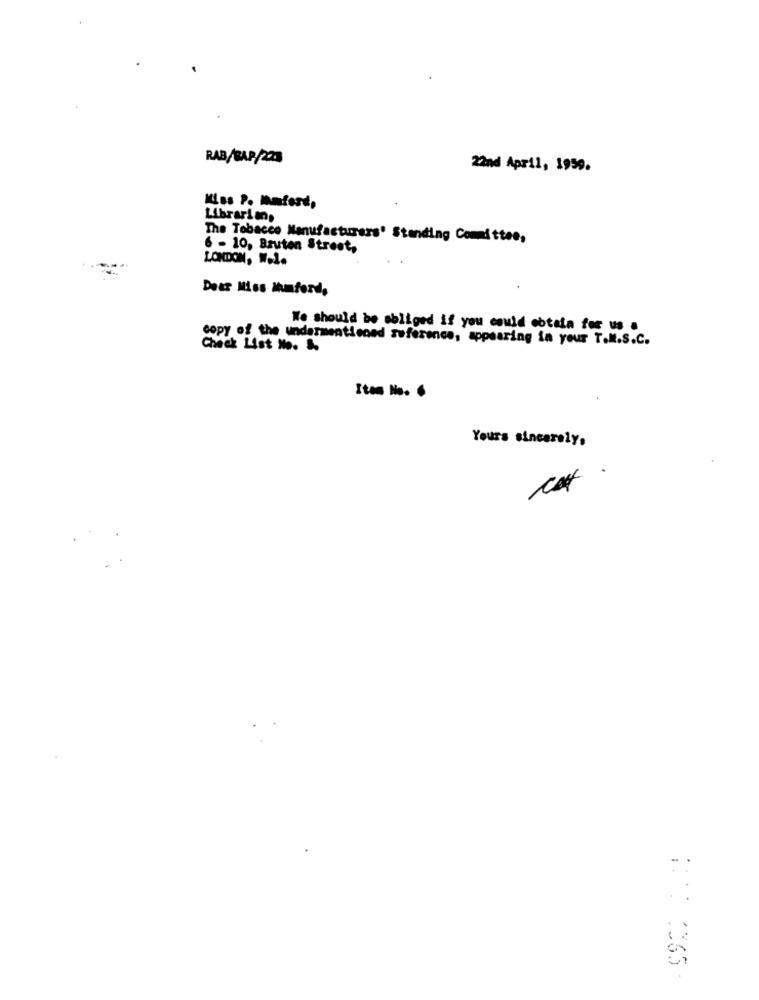
RAB/CAP/223
22nd April, 1959.
Kiss P. Ihnford,
Librarians
The Tobacco Manufacturers' Standing Committee,
6 - 10, Bruten Street,
LONDON, W.1.
Dear Miss Mumford,
We should be obliged if you could cotala for us a
copy of the undermentioned reference, appearing in your T.M.S.C.
Check List No. &
Item No. 6
Yours sincerely,
cat